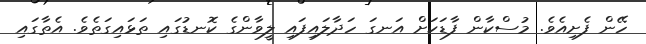
ހޭން ފެށިއެވެ. މުސްކާން ފާޑަކަށް އަނގަ ހަދާލައިފައި ލީވާންގެ ކޮނޑުގައި ތަޅައިގަތެވެ. އެތާގައި